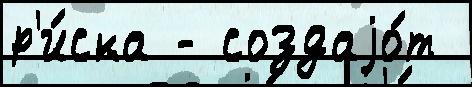
р'и́ска - создаjо́т